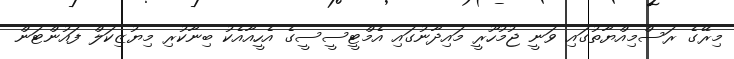
މިރޭގެ ރަސްމިއްޔާތުގައި ވަނީ ޖުމުހޫރީ މައިދާނުގައި އެމްޓީސީސީގެ އެހީއާއެކު ބިނާކުރި މިޔުޒިކަލް ފައުންޓަން